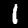
Label: 1